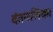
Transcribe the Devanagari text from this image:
दंतनलिका